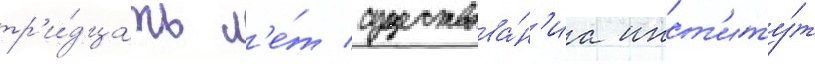
тр'и́дцать л'е́т существова́н'иа инст'иту́т